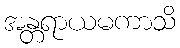
အန္တရာယမကာသိ